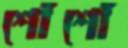
শোঁশোঁ